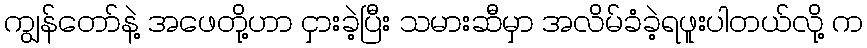
ကျွန်တော်နဲ့ အဖေတို့ဟာ ငှားခဲ့ပြီး သမားဆီမှာ အလိမ်ခံခဲ့ရဖူးပါတယ်လို့ က